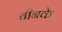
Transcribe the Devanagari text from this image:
चीनके